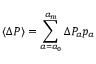
\langle \Delta P \rangle = \sum _ { a = a _ { 0 } } ^ { a _ { m } } \Delta P _ { a } p _ { a }